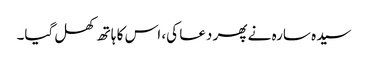
سیدہ سارہ نے پھر دعا کی، اس کا ہاتھ کھل گیا۔